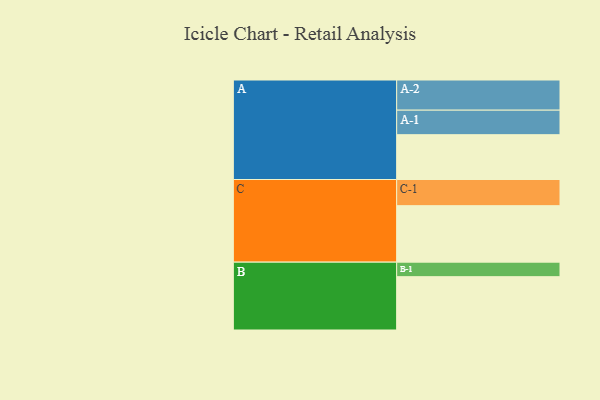
{"axis": {"x": "Segment", "y": "Value"}, "legend": ["", "A", "B", "C"], "data": [{"x": "A", "y": 327, "type": ""}, {"x": "B", "y": 389, "type": ""}, {"x": "C", "y": 412, "type": ""}, {"x": "A-1", "y": 179, "type": "A"}, {"x": "A-2", "y": 220, "type": "A"}, {"x": "B-1", "y": 106, "type": "B"}, {"x": "C-1", "y": 191, "type": "C"}]}